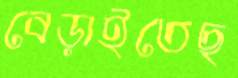
বেড়াইতেছ